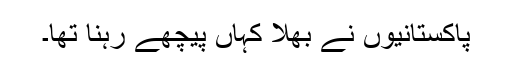
پاکستانیوں نے بھلا کہاں پیچھے رہنا تھا۔